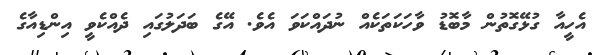
އެހީއާ ގުޅޭގޮތުން މާބޮޑު ވާހަކަތަކެއް ނުދައްކަވަ އެވެ. އޭގެ ބަދަލުގައި ދެއްކެވީ އިންޑިއާގެ